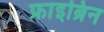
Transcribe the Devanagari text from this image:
फ्राइब्रिन